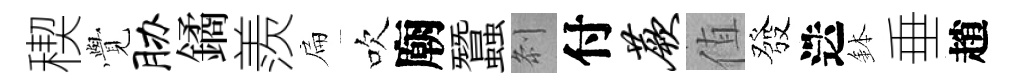
稧𮗜胁鐍羨扁吹廟蠶𠛴付蕨值發迭鉢垂趙